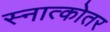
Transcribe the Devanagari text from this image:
स्नात्कोतर